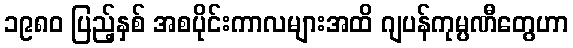
၁၉၈၀ ပြည့်နှစ် အစပိုင်းကာလများအထိ ဂျပန်ကုမ္ပဏီတွေဟာ